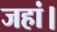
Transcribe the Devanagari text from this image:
जहां।